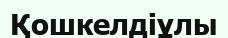
Қошкелдіұлы